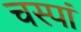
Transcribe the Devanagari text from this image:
चस्पां